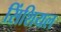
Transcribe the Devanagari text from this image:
सिंशियल